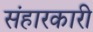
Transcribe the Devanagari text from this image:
संहारकारी